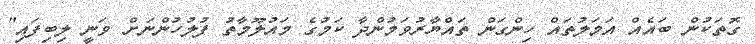
ގޮތަކުން ބައެއް އަމަލުތައް ހިންގަން ތައްޔާރުވަމުންދާ ކަމުގެ މައުލޫމާތު ފުލުހުންނަށް ވަނީ ލިބިފައި"